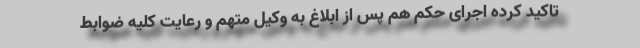
تاکید کرده اجرای حکم هم پس از ابلاغ به وکیل متهم و رعایت کلیه ضوابط